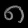
Digit: ၈